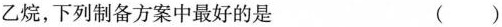
乙烷,下列制备方案中最好的是 ( )